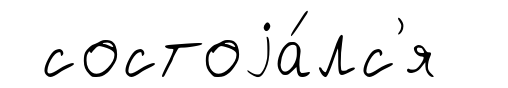
состоjа́лс'я